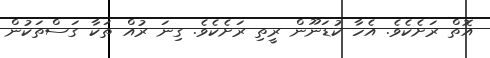
އޮތް ރަށެކެވެ. އެހާ ކުޑަނޫން ރީތި ރަށެކެވެ. ގިނަ ރުއް ތަކާ ގަސްތަކުން